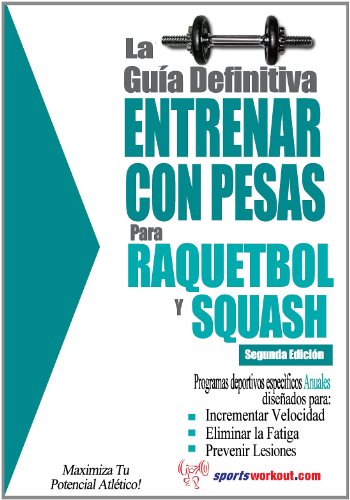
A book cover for La guÃ­a definitiva - Entrenar con pesas para raquetbol y squash (Spanish Edition); Rob Price; Sports & Outdoors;